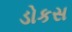
ડોકસ